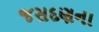
જસદણના